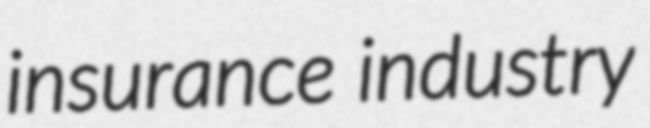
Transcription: insurance industry